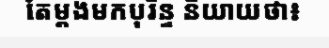
តែម្តងមកបុរិន្ទ និយាយថា៖